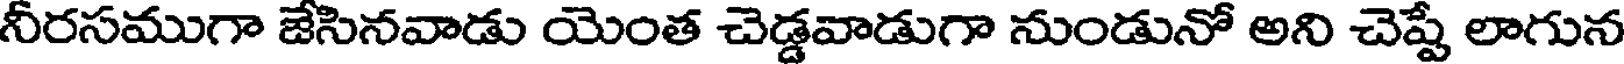
నీరసముగా జేసినవాడు యెంత చెడ్డవాడుగా నుండునో అని చెష్టే లాగున